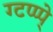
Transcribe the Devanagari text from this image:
ग्टप्प्प्े